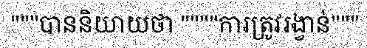
"""បាននិយាយថា """"ការត្រូវរង្វាន់"""